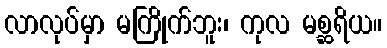
လာလုပ်မှာ မကြိုက်ဘူး၊ ကုလ မစ္ဆရိယ။